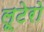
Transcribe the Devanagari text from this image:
लूटेरो